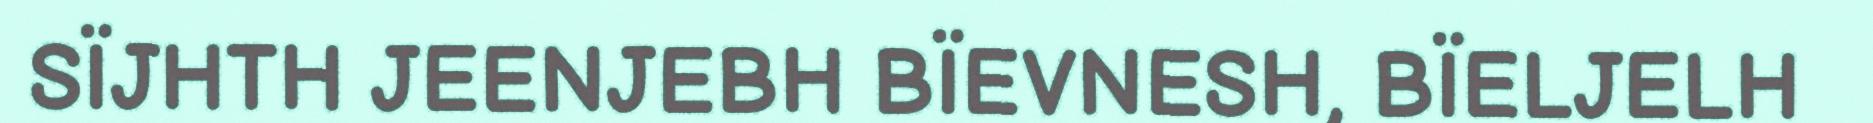
SÏJHTH JEENJEBH BÏEVNESH, BÏELJELH